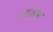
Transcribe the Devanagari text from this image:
अाश्रम